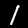
Label: 1